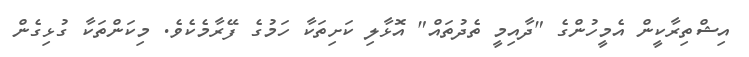
އިޝްތިރާކީން އެމީހުންގެ "ދާއިމީ ތެދުތައް" އޮޅާލި ކަށިތަކާ ހަމުގެ ފޭރާމެކެވެ. މިކަންތަކާ ގުޅިގެން